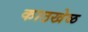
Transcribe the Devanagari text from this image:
काठखेळ